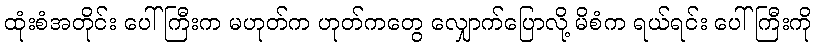
ထုံးစံအတိုင်း ပေါ်ကြီးက မဟုတ်က ဟုတ်ကတွေ လျှောက်ပြောလို့ မိစံက ရယ်ရင်း ပေါ်ကြီးကို